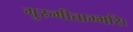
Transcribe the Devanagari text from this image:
गुरुगीताम्भसि